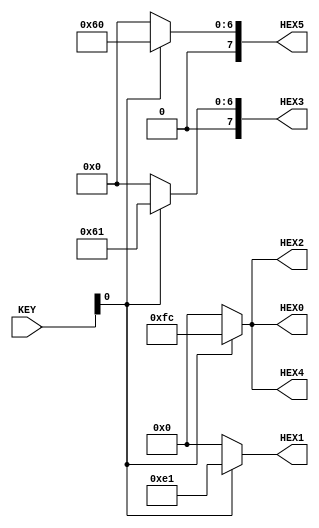
module ex2 (
  output [7:0] HEX0,
  output [7:0] HEX1,
  output [7:0] HEX2,
  output [7:0] HEX3,
  output [7:0] HEX4,
  output [7:0] HEX5,
  
  input [1:0] KEY
);

assign HEX0 = KEY[0] ? 8'b11111100 : 8'b00000000;
assign HEX1 = KEY[0] ? 8'b11100001 : 8'b00000000;
assign HEX2 = KEY[0] ? 8'b11111100 : 8'b00000000;
assign HEX3 = KEY[0] ? 8'b01100001 : 8'b00000000;
assign HEX4 = KEY[0] ? 8'b11111100 : 8'b00000000;
assign HEX5 = KEY[0] ? 8'b01100000 : 8'b00000000;

endmodule